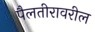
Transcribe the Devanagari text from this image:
पैलतीरावरील